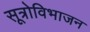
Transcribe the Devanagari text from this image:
सूत्रोविभाजन